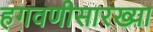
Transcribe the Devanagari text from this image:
हगवणीसारख्या